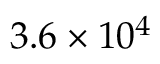
3 . 6 \times 1 0 ^ { 4 }